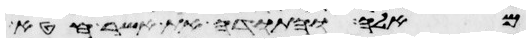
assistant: מאלה והתודה את אשר חטא